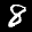
Label: 8